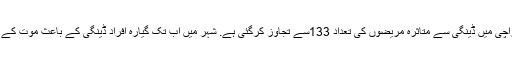
26ستمبر 2013ء)کراچی میں ڈینگی سے متاثرہ مریضوں کی تعداد 133سے تجاوز کرگئی ہے. شہر میں اب تک گیارہ افراد ڈینگی کے باعث موت کے منہ میں جا چکے ہیں۔